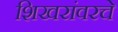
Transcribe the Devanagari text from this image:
शिखरांवरचे